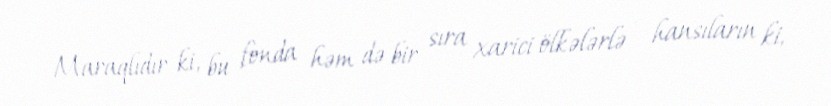
Maraqlıdır ki, bu fonda həm də bir sıra xarici ölkələrlə - hansıların ki,